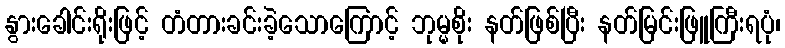
နွားခေါင်းရိုးဖြင့် တံတားခင်းခဲ့သောကြောင့် ဘုမ္မစိုး နတ်ဖြစ်ပြီး နတ်မြင်းဖြူကြီးရပုံ၊